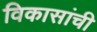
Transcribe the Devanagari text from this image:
विकासांची